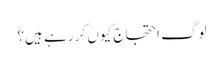
لوگ احتجاج کیوں کر رہے ہیں؟